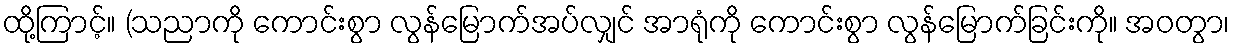
ထို့ကြာင့်။ (သညာကို ကောင်းစွာ လွန်မြောက်အပ်လျှင် အာရုံကို ကောင်းစွာ လွန်မြောက်ခြင်းကို။ အဝတွာ၊